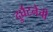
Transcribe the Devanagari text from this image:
दुर्घटनेची